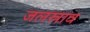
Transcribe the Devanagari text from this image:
जलस्राव